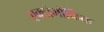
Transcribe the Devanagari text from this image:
एक्टोमोर्फिक